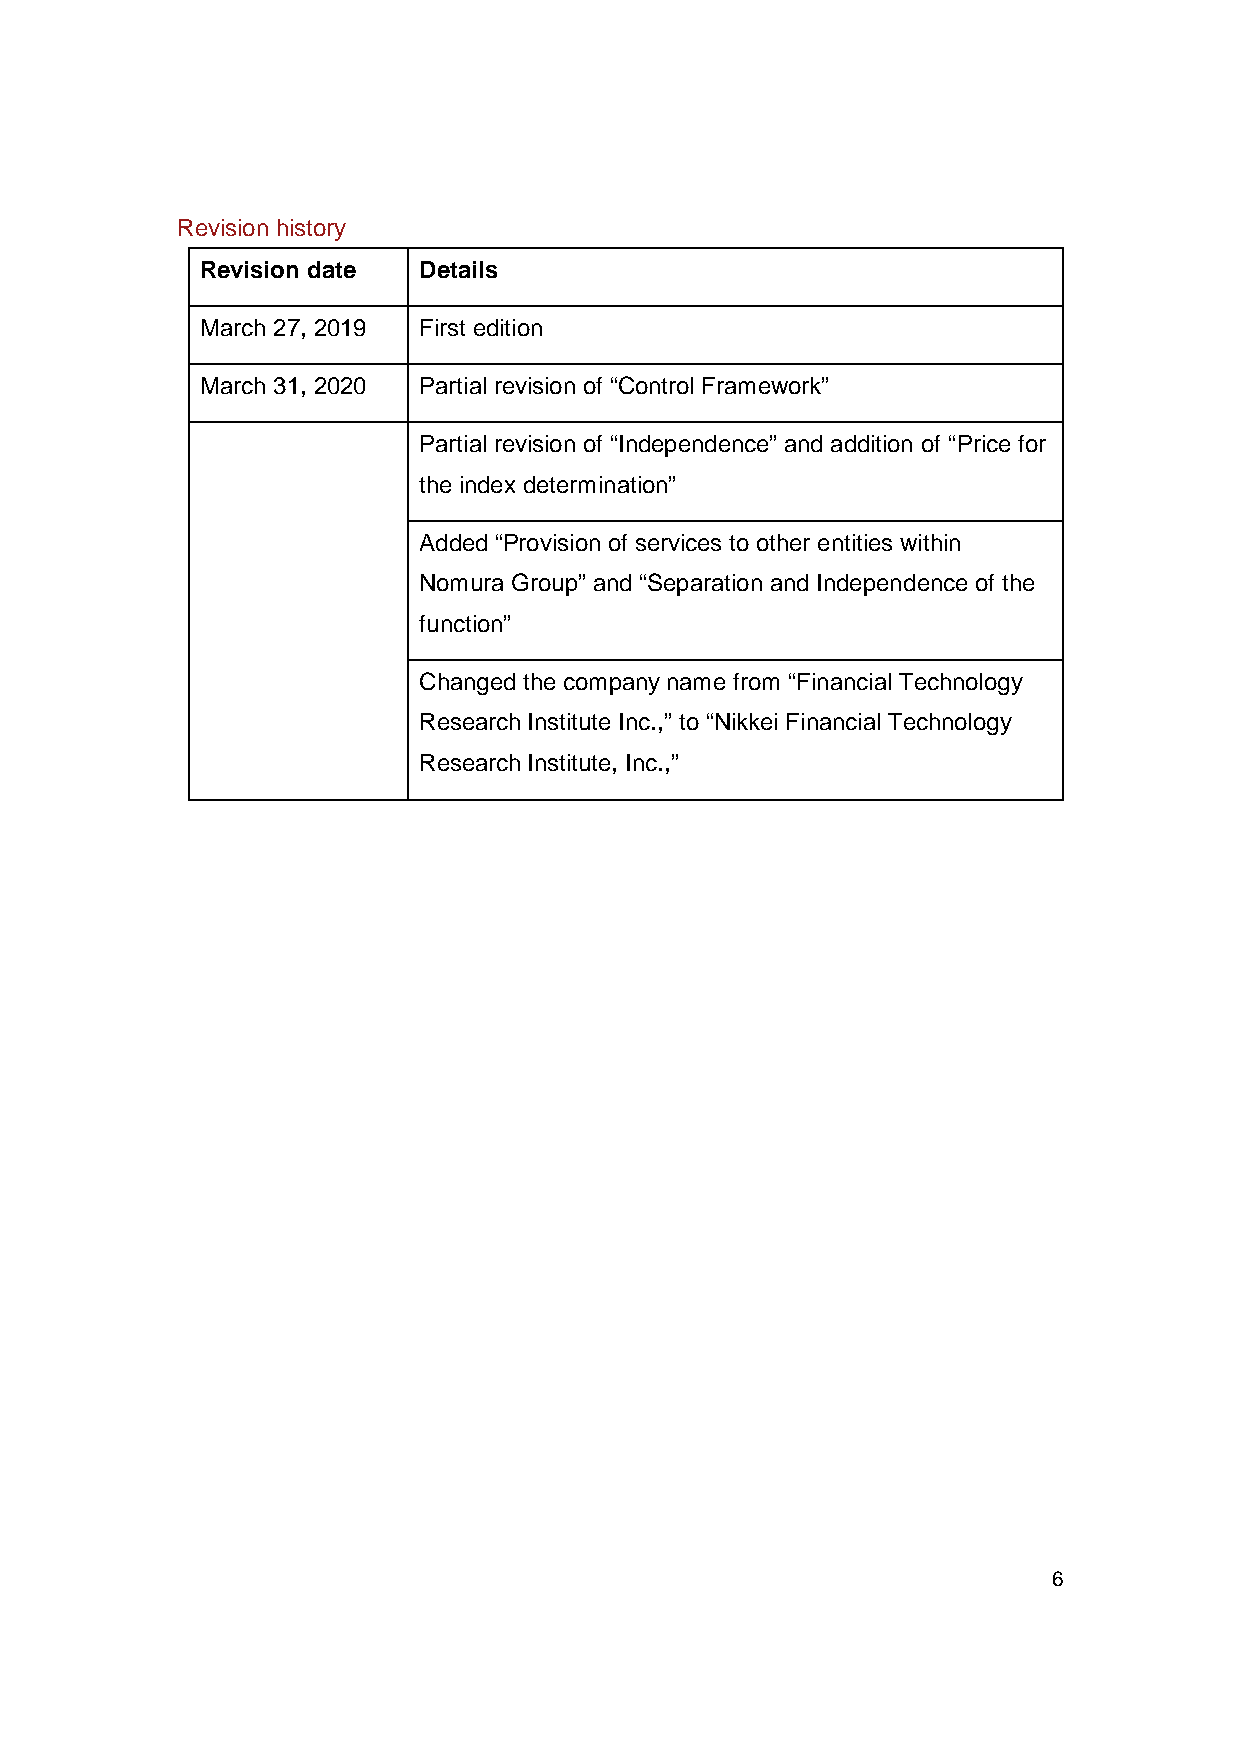
Revision history
 Revision date  Details
 March 27, 2019 First edition
 March 31, 2020 Partial revision of “Control Framework”
 Partial revision of “Independence” and addition of “Price for
 the index determination”
 Added “Provision of services to other entities within
 Nomura Group” and “Separation and Independence of the
 function”
 Changed the company name from “Financial Technology
 Research Institute Inc.,” to “Nikkei Financial Technology
 Research Institute, Inc.,”
 6